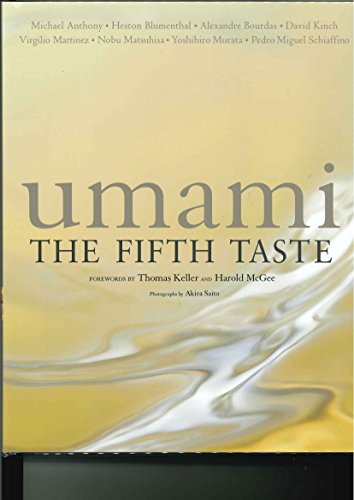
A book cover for Umami: The Fifth Taste; Michael Anthony; Cookbooks, Food & Wine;